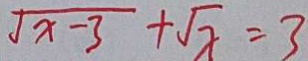
\sqrt { x - 3 } + \sqrt { x } = 3